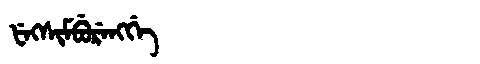
Manchu: ᡶᡝᡴᠰᡳᠮᠪᡠᡵᡝᠩᡤᡝ
Romanization: FEKSIMBURENGGE